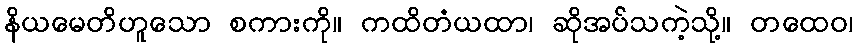
နိယမေတိဟူသော စကားကို။ ကထိတံယထာ၊ ဆိုအပ်သကဲ့သို့။ တထေဝ၊